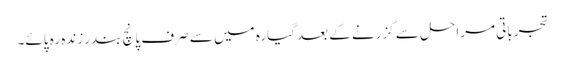
تجرباتی مراحل سے گزرنے کے بعد گیارہ میں سے صرف پانچ بندر زندہ رہ پائے۔